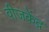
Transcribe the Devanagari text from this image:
वीजकेंद्र